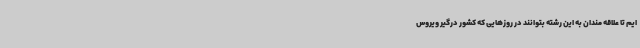
ایم تا علاقه مندان به این رشته بتوانند در روزهایی که کشور درگیر ویروس